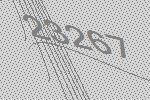
23267